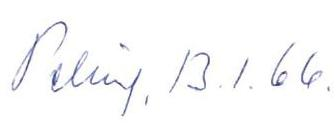
Peking. 13.1.66.